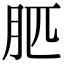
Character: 䏘